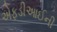
એફડીઆઈની